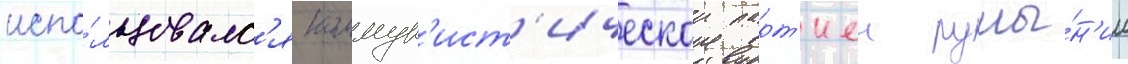
испо́льзовалс'я коммун'ист'ическои парт'иеи румы́н'ии